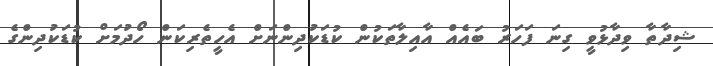
ޝިދާތާ ވިދާޅުވީ ގިނަ ފަހަރު ބައެއް އާއިލާތަކުން ކުޑަކުދިންނަށް އެހީތެރިކަން ހޯދުމަށް ކުޑަކުދިންގެ